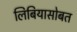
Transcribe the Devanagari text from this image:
लिबियासोबत